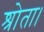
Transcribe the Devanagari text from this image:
श्रोता।